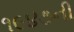
૧૯૪૭ની